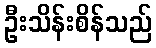
ဦးသိန်းစိန်သည်